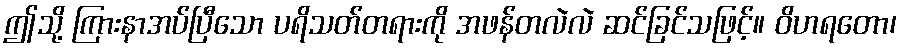
ဤသို့ ကြားနာအပ်ပြီသော ပရိသတ်တရားကို အဖန်တလဲလဲ ဆင်ခြင်သဖြင့်။ ဝိဟရတော၊